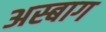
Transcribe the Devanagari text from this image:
अस्बाग